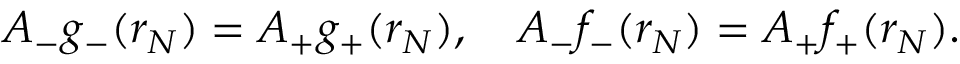
A _ { - } g _ { - } ( r _ { N } ) = A _ { + } g _ { + } ( r _ { N } ) , \quad A _ { - } f _ { - } ( r _ { N } ) = A _ { + } f _ { + } ( r _ { N } ) .